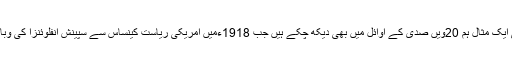
اس کی ایک مثال ہم 20ویں صدی کے اوائل میں بھی دیکھ چکے ہیں جب 1918ءمیں امریکی ریاست کینساس سے سپینش انفلوئنزا کی وباءپھیلی۔